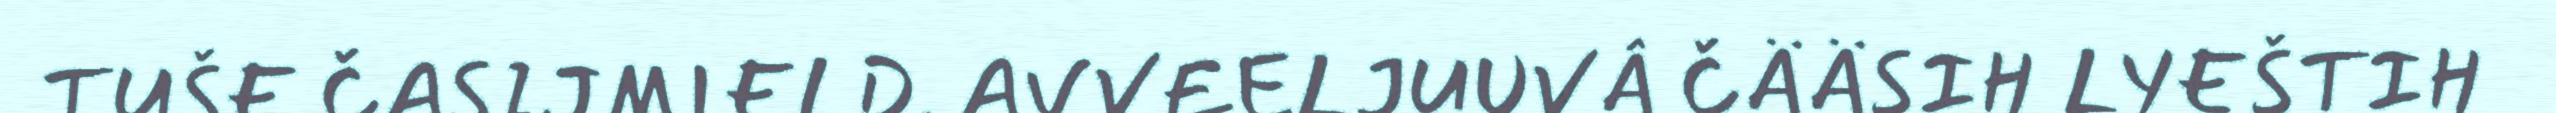
TUŠE ČASIJMIELD. AVVEELJUUVÂ ČÄÄSIH LYEŠTIH